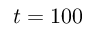
t = 1 0 0